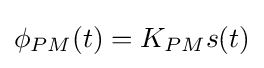
\phi _{PM}(t)=K_{PM}s(t)